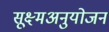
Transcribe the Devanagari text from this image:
सूक्ष्मअनुयोजन